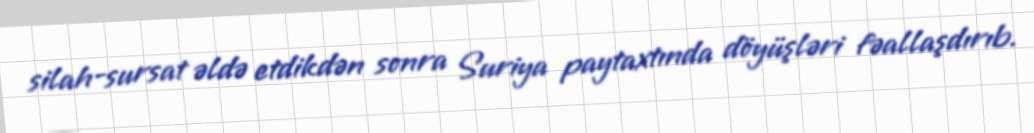
silah-sursat əldə etdikdən sonra Suriya paytaxtında döyüşləri fəallaşdırıb.